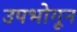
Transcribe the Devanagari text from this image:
उपभोगून